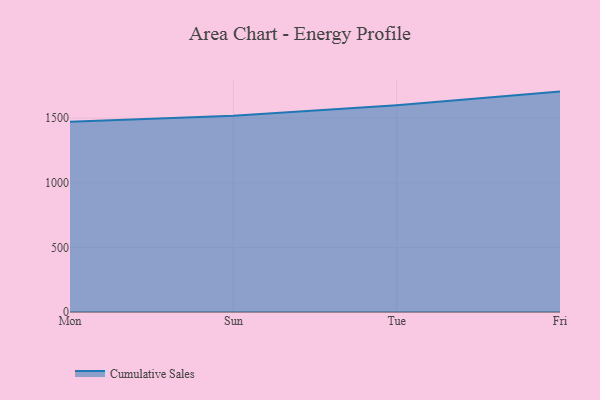
{"axis": {"x": "Day", "y": "Market Share (%)"}, "legend": ["Cumulative Sales"], "data": [{"x": "Mon", "y": 1472.3, "type": "Cumulative Sales"}, {"x": "Sun", "y": 1517.9, "type": "Cumulative Sales"}, {"x": "Tue", "y": 1599.2, "type": "Cumulative Sales"}, {"x": "Fri", "y": 1705.7, "type": "Cumulative Sales"}]}